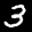
Label: 3